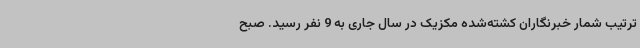
ترتیب شمار خبرنگاران کشته‌شده مکزیک در سال جاری به 9 نفر رسید. صبح